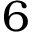
6